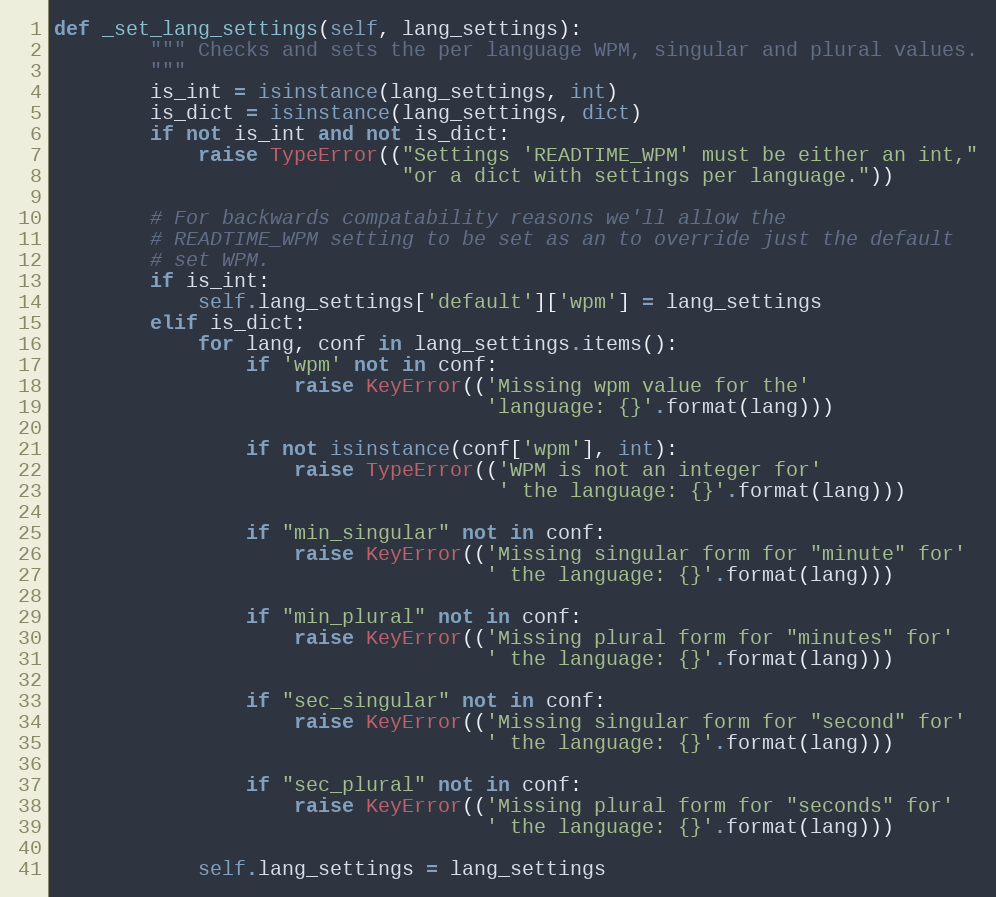
Language: Python
def _set_lang_settings(self, lang_settings):
        """ Checks and sets the per language WPM, singular and plural values.
        """
        is_int = isinstance(lang_settings, int)
        is_dict = isinstance(lang_settings, dict)
        if not is_int and not is_dict:
            raise TypeError(("Settings 'READTIME_WPM' must be either an int,"
                             "or a dict with settings per language."))

        # For backwards compatability reasons we'll allow the
        # READTIME_WPM setting to be set as an to override just the default
        # set WPM.
        if is_int:
            self.lang_settings['default']['wpm'] = lang_settings
        elif is_dict:
            for lang, conf in lang_settings.items():
                if 'wpm' not in conf:
                    raise KeyError(('Missing wpm value for the'
                                    'language: {}'.format(lang)))

                if not isinstance(conf['wpm'], int):
                    raise TypeError(('WPM is not an integer for'
                                     ' the language: {}'.format(lang)))

                if "min_singular" not in conf:
                    raise KeyError(('Missing singular form for "minute" for'
                                    ' the language: {}'.format(lang)))

                if "min_plural" not in conf:
                    raise KeyError(('Missing plural form for "minutes" for'
                                    ' the language: {}'.format(lang)))

                if "sec_singular" not in conf:
                    raise KeyError(('Missing singular form for "second" for'
                                    ' the language: {}'.format(lang)))

                if "sec_plural" not in conf:
                    raise KeyError(('Missing plural form for "seconds" for'
                                    ' the language: {}'.format(lang)))

            self.lang_settings = lang_settings